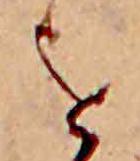
を